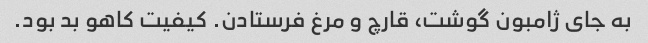
به جای ژامبون گوشت، قارچ و مرغ فرستادن. کیفیت کاهو بد بود.